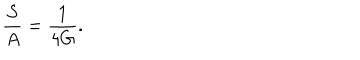
\frac { S } { A } = \frac { 1 } { 4 G } .